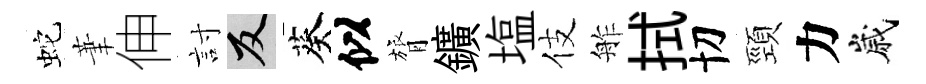
蛇茟伸討反葵似膂鑛塩伎舴拭切頸力嵗